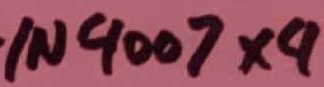
Text: 1N4007×4